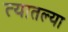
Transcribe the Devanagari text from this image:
त्‍यातल्‍या